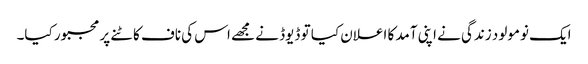
ایک نومولود زندگی نے اپنی آمد کا اعلان کیا تو ڈیوڈ نے مجھے اس کی ناف کاٹنے پر مجبور کیا۔